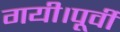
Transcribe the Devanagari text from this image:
गयी।पूर्वी